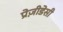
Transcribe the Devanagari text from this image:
प्रेज़ीडेसी